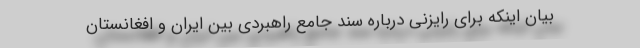
بیان اینکه برای رایزنی درباره سند جامع راهبردی بین ایران و افغانستان